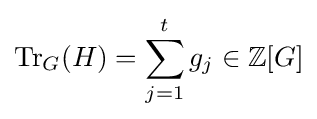
\mathrm {Tr} _{G}(H)=\sum _{j=1}^{t}g_{j}\in \mathbb {Z} [G]